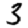
Digit: 3